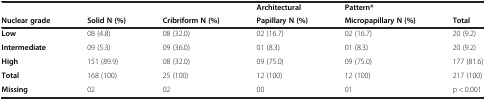
<table><thead><tr><td></td><td></td><td></td><td><b>Architectural</b></td><td><b>Pattern*</b></td><td></td></tr><tr><td><b>Nuclear grade</b></td><td><b>Solid N (%)</b></td><td><b>Cribriform N (%)</b></td><td><b>Papillary N (%)</b></td><td><b>Micropapillary N (%)</b></td><td><b>Total</b></td></tr></thead><tbody><tr><td><b>Low</b></td><td>08 (4.8)</td><td>08 (32.0)</td><td>02 (16.7)</td><td>02 (16.7)</td><td>20 (9.2)</td></tr><tr><td><b>Intermediate</b></td><td>09 (5.3)</td><td>09 (36.0)</td><td>01 (8.3)</td><td>01 (8.3)</td><td>20 (9.2)</td></tr><tr><td><b>High</b></td><td>151 (89.9)</td><td>08 (32.0)</td><td>09 (75.0)</td><td>09 (75.0)</td><td>177 (81.6)</td></tr><tr><td><b>Total</b></td><td>168 (100)</td><td>25 (100)</td><td>12 (100)</td><td>12 (100)</td><td>217 (100)</td></tr><tr><td><b>Missing</b></td><td>02</td><td>02</td><td>00</td><td>01</td><td>p &lt; 0.001</td></tr></tbody></table>